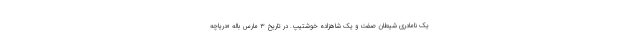
یک نامادری شیطان صفت و یک شاهزاده خوشتیپ. در تاریخ ۳ مارس باله «دریاچه